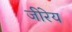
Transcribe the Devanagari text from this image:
जीरेय